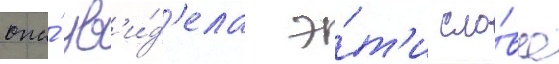
она́ ув'и́д'ела э́т'и сло́ва